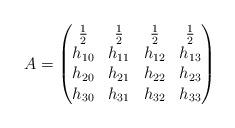
LaTeX: \begin{align*}A =\begin{pmatrix}\frac{1}{2} & \frac{1}{2} & \frac{1}{2} & \frac{1}{2} \\h_{10} & h_{11} & h_{12} & h_{13} \\h_{20} & h_{21} & h_{22} & h_{23} \\h_{30} & h_{31} & h_{32} & h_{33}\end{pmatrix}\end{align*}